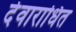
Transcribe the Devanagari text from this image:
देवाराधित